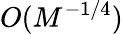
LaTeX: O(M^{-1/4})